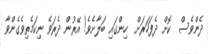
ދެންވެސް  ކޮށް ދެފަހަރަށް  ހިންގައި ބަލާށެވެ! އޭރުން ދެރަވެ ނިކަމެތިވެގެންވާ